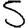
Digit: 5